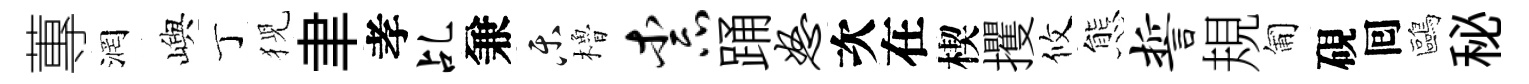
蓴润嶼丁猊聿孝乩兼乐櫓柰踊怒次在楔攫攸態誓規匍硯囘鷗秘